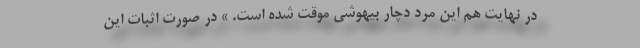
در نهایت هم این مرد دچار بیهوشی موقت شده است. » در صورت اثبات این